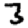
Digit: 3